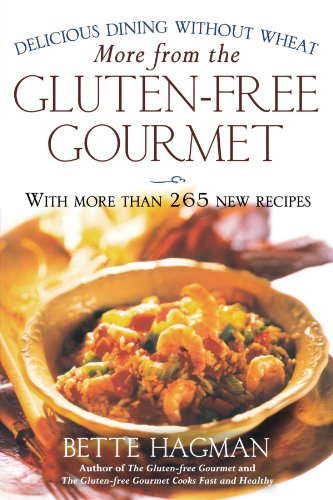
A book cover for More from the Gluten-free Gourmet: Delicious Dining Without Wheat; Bette Hagman; Cookbooks, Food & Wine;